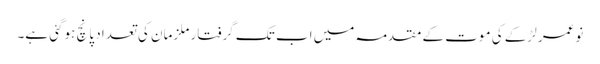
نوعمر لڑکے کی موت کے مقدمہ میں اب تک گرفتار ملزمان کی تعداد پانچ ہوگئی ہے۔